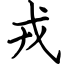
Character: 戎